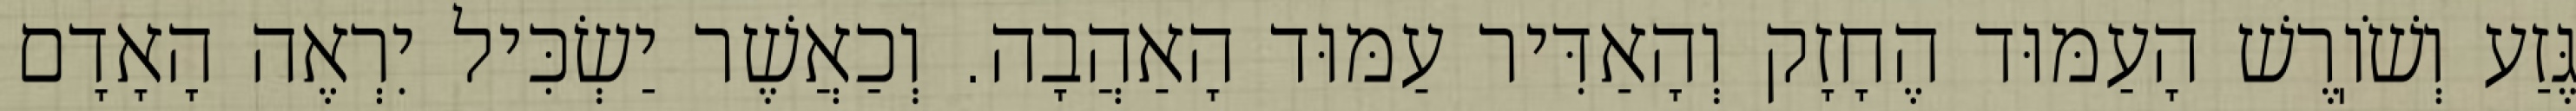
גֶּזַע וְשֹׁוֽרֶשׁ הָעַמּוּד הֶחָזָק וְהָאַדִּיר עַמּוּד הָאַהֲבָה. וְכַאֲשֶׁר יַשְׂכִּיל יִרְאֶה הָאָדָם